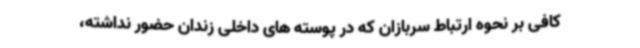
کافی بر نحوه ارتباط سربازان که در پوسته های داخلی زندان حضور نداشته،